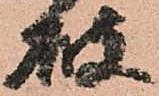
破